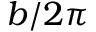
b / 2 \pi